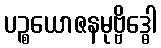
ပဉ္စယောဇနမုဗ္ဗိဒ္ဓေါ